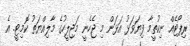
ރިޕޯޓެއް ނިކުތީމާ ފިޔަވަޅު އަޅަން މި ޖެހެނީ މަޖިލީހުގެ މާލިއްޔަތު ކޮމިޓީ. އެ